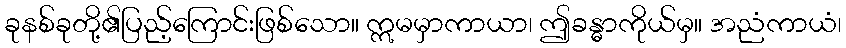
ခုနစ်ခုတို့၏ပြည့်ကြောင်းဖြစ်သော။ ဣမမှာကာယာ၊ ဤခန္ဓာကိုယ်မှ။ အညံကာယံ၊